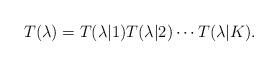
LaTeX: \begin{align*}T(\lambda) = T(\lambda|1)T(\lambda|2)\cdots T(\lambda|K).\end{align*}